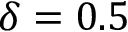
\delta = 0 . 5